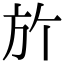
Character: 𣃘